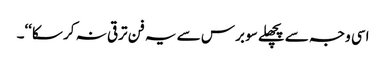
اسی وجہ سے پچھلے سو برس سے یہ فن ترقی نہ کر سکا‘‘۔